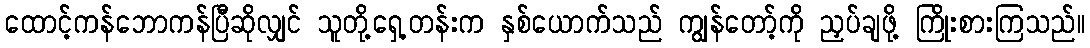
ထောင့်ကန်ဘောကန်ပြီဆိုလျှင် သူတို့ရှေ့တန်းက နှစ်ယောက်သည် ကျွန်တော့်ကို ညှပ်ချဖို့ ကြိုးစားကြသည်။